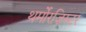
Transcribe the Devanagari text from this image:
थर्मोरज़िस्टर